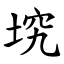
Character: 㙀